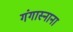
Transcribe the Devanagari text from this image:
गंगास्नाना